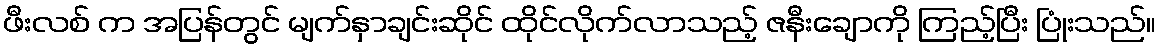
ဖီးလစ် က အပြန်တွင် မျက်နှာချင်းဆိုင် ထိုင်လိုက်လာသည့် ဇနီးချောကို ကြည့်ပြီး ပြုံးသည်။